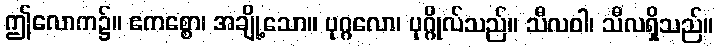
ဤလောက၌။ ဧကစ္စော၊ အချို့သော။ ပုဂ္ဂလော၊ ပုဂ္ဂိုလ်သည်။ သီလဝါ၊ သီလရှိသည်။